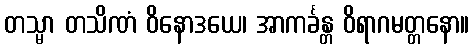
တသ္မာ တသိဏံ ဝိနောဒယေ၊ အာကင်္ခန္တ ဝိရာဂမတ္တနော။